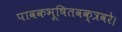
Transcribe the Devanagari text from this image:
पावकभूषितवक्त्रवरे।